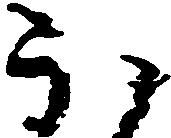
ほ